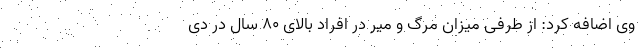
وی اضافه کرد: از طرفی میزان مرگ و میر در افراد بالای ۸۰ سال در دی